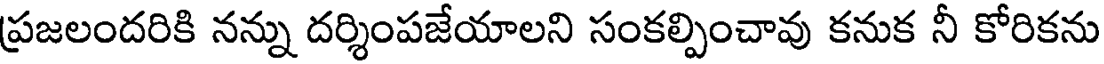
ప్రజలందరికి నన్ను దర్శింపజేయాలని సంకల్పించావు కనుక నీ కోరికను